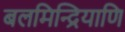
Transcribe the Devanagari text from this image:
बलमिन्द्रियाणि